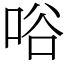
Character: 唂